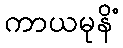
ကာယမုနိံ